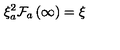
\xi _ { a } ^ { 2 } \mathcal { F } _ { a } \left( \infty \right) = \xi